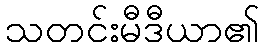
သတင်းမီဒီယာ၏